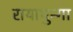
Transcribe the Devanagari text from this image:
रायाथुन्गा